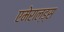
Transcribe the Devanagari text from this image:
एमेराल्ड्स